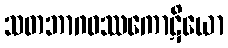
သတဘာဂဝဿကောဋိယော